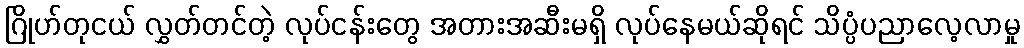
ဂြိုဟ်တုငယ် လွှတ်တင်တဲ့ လုပ်ငန်းတွေ အတားအဆီးမရှိ လုပ်နေမယ်ဆိုရင် သိပ္ပံပညာလေ့လာမှု